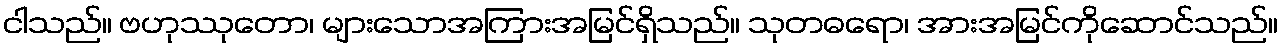
ငါသည်။ ဗဟုဿုတော၊ များသောအကြားအမြင်ရှိသည်။ သုတဓရော၊ အားအမြင်ကိုဆောင်သည်။